Indian journal of veterinary science and animal husbandry - Volume 10,
Year: 1940
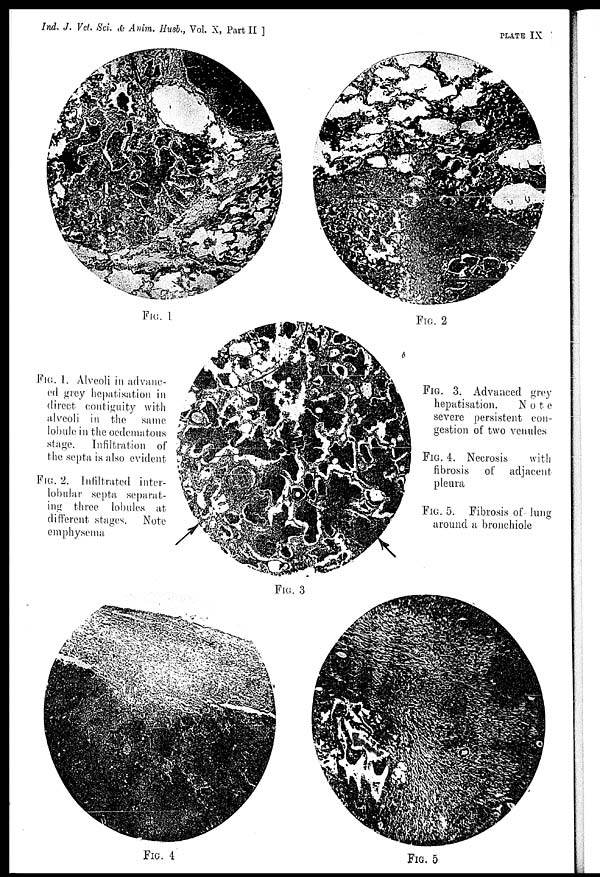
Ind. J. Vet. Sci. & Anim. Husb., Vol. X, Part II ]
PLATE
IX
FIG. 1
FIG. 2
FIG. 3
FIG. 4
FIG. 5
FIG. 1. Alveoli in advanc-
ed grey hepatisation in
direct contiguity with
alveoli in the same
lobule in the oedematous
stage. Infiltration of
the septa is also evident
FIG. 2. Infiltrated inter-
lobular septa separat-
ing three lobules at
different stages. Note
emphysema
FIG. 3. Advanced grey
hepatisation.
N o t e
severe persistent con-
gestion of two venules
FIG. 4. Necrosis
with
fibrosis of adjacent
pleura
FIG. 5. Fibrosis of lung
around a bronchiole